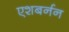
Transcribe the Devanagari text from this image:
एशबर्नन